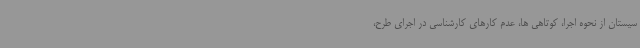
سیستان از نحوه اجرا، کوتاهی ها، عدم کارهای کارشناسی در اجرای طرح،